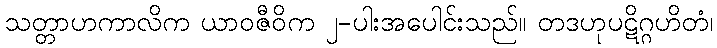
သတ္တာဟကာလိက ယာဝဇီဝိက ၂-ပါးအပေါင်းသည်။ တဒဟုပဋိဂ္ဂဟိတံ၊